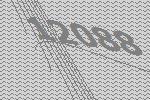
12088